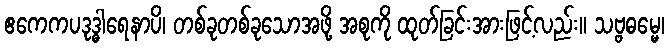
ဧကေကပဒုဒ္ဓါရေနာပိ၊ တစ်ခုတစ်ခုသောအဖို့ အစုကို ထုတ်ခြင်းအားဖြင့်လည်း။ သဗ္ဗဓမ္မေ၊